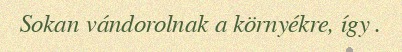
Sokan vándorolnak a környékre, így .